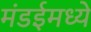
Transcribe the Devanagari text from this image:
मंडईमध्ये